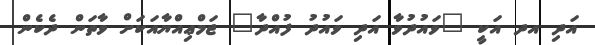
އަދި އދ އަކީ "ވައުދުވާ އަދި ވައުދު ފުއްދާ" ޖަމްޢިއްޔާއަކަށް ވާތަން ދެކެން